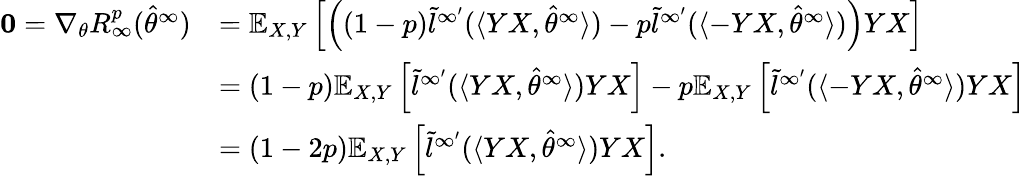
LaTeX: \begin{array}{rl}{\mathbf{0}=\nabla_{\theta}R_{\infty}^{p}(\hat{\theta}^{\infty})}&{=\mathbb{E}_{X,Y}\left[\left((1-p)\tilde{l}^{\infty^{\prime}}(\langle YX,\hat{\theta}^{\infty}\rangle)-p\tilde{l}^{\infty^{\prime}}(\langle-YX,\hat{\theta}^{\infty}\rangle)\right)YX\right]}\\ &{=(1-p)\mathbb{E}_{X,Y}\left[\tilde{l}^{\infty^{\prime}}(\langle YX,\hat{\theta}^{\infty}\rangle)YX\right]-p\mathbb{E}_{X,Y}\left[\tilde{l}^{\infty^{\prime}}(\langle-YX,\hat{\theta}^{\infty}\rangle)YX\right]}\\ &{=(1-2p)\mathbb{E}_{X,Y}\left[\tilde{l}^{\infty^{\prime}}(\langle YX,\hat{\theta}^{\infty}\rangle)YX\right].}\end{array}